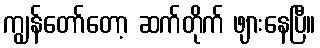
ကျွန်တော်တော့ ဆက်တိုက် ဖျားနေပြီ။